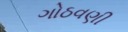
ગોઠવણી